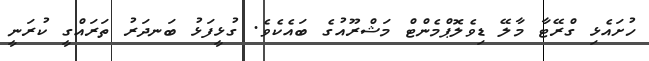
ހުށައެޅި ގްރޭޓާ މާލޭ ޑިވެލޮޕްމެންޓް މަޝްރޫއުގެ ބައެކެވެ. ގުޅީފަޅު ބަނދަރު ތަރައްގީ ކުރަނީ